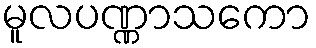
မူလပဏ္ဏာသကော